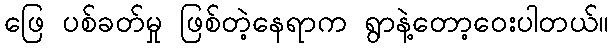
ဖြေ ပစ်ခတ်မှု ဖြစ်တဲ့နေရာက ရွာနဲ့တော့ဝေးပါတယ်။